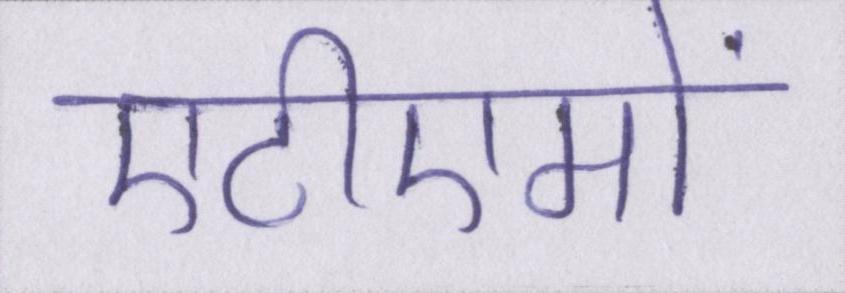
एटीएमों